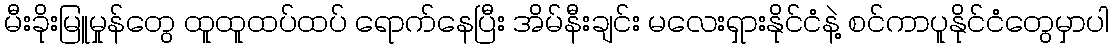
မီးခိုးမြူမှုန်တွေ ထူထူထပ်ထပ် ရောက်နေပြီး အိမ်နီးချင်း မလေးရှားနိုင်ငံနဲ့ စင်ကာပူနိုင်ငံတွေမှာပါ